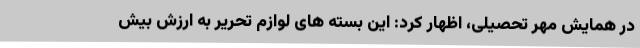
در همایش مهر تحصیلی، اظهار کرد: این بسته های لوازم تحریر به ارزش بیش